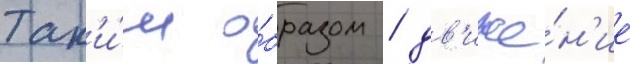
Так'и́м о́бразом / дв'иже́н'ие